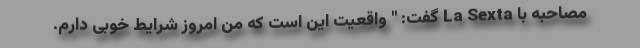
مصاحبه با La Sexta گفت: " واقعیت این است که من امروز شرایط خوبی دارم.